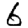
Digit: 6